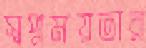
স্বপ্নময়তার